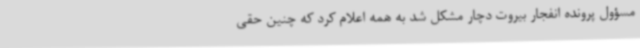
مسؤول پرونده انفجار بیروت دچار مشکل شد به همه اعلام کرد که چنین حقی